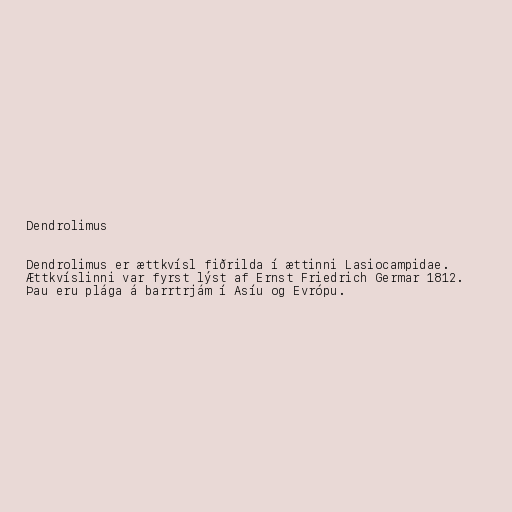
Dendrolimus

Dendrolimus er ættkvísl fiðrilda í ættinni Lasiocampidae.
Ættkvíslinni var fyrst lýst af Ernst Friedrich Germar 1812.
Þau eru plága á barrtrjám í Asíu og Evrópu.